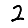
Digit: 2